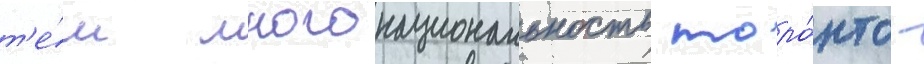
т'е́м многонациональность торо́нто -